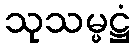
သုသမ္မဋ္ဌံ